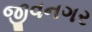
જીવનગર